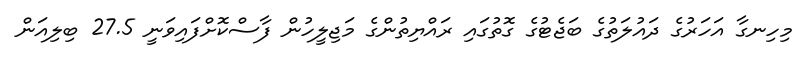
މިހިނގާ އަހަރުގެ ދައުލަތުގެ ބަޖެޓުގެ ގޮތުގައި ރައްޔިތުންގެ މަޖިލީހުން ފާސްކޮށްފައިވަނީ 27.5 ބިލިއަން